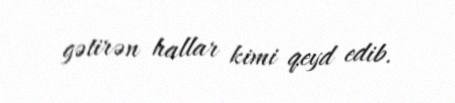
gətirən hallar kimi qeyd edib.